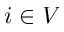
i \in V